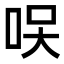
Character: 𠲂